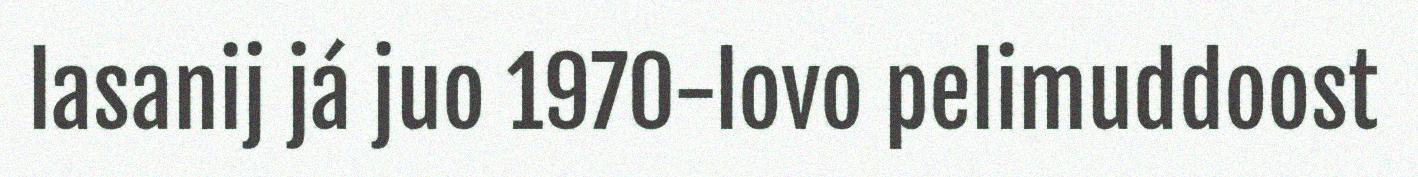
lasanij já juo 1970-lovo pelimuddoost